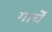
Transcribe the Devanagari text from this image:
गार्चे